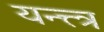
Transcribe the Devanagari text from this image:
यन्त्त्त्र